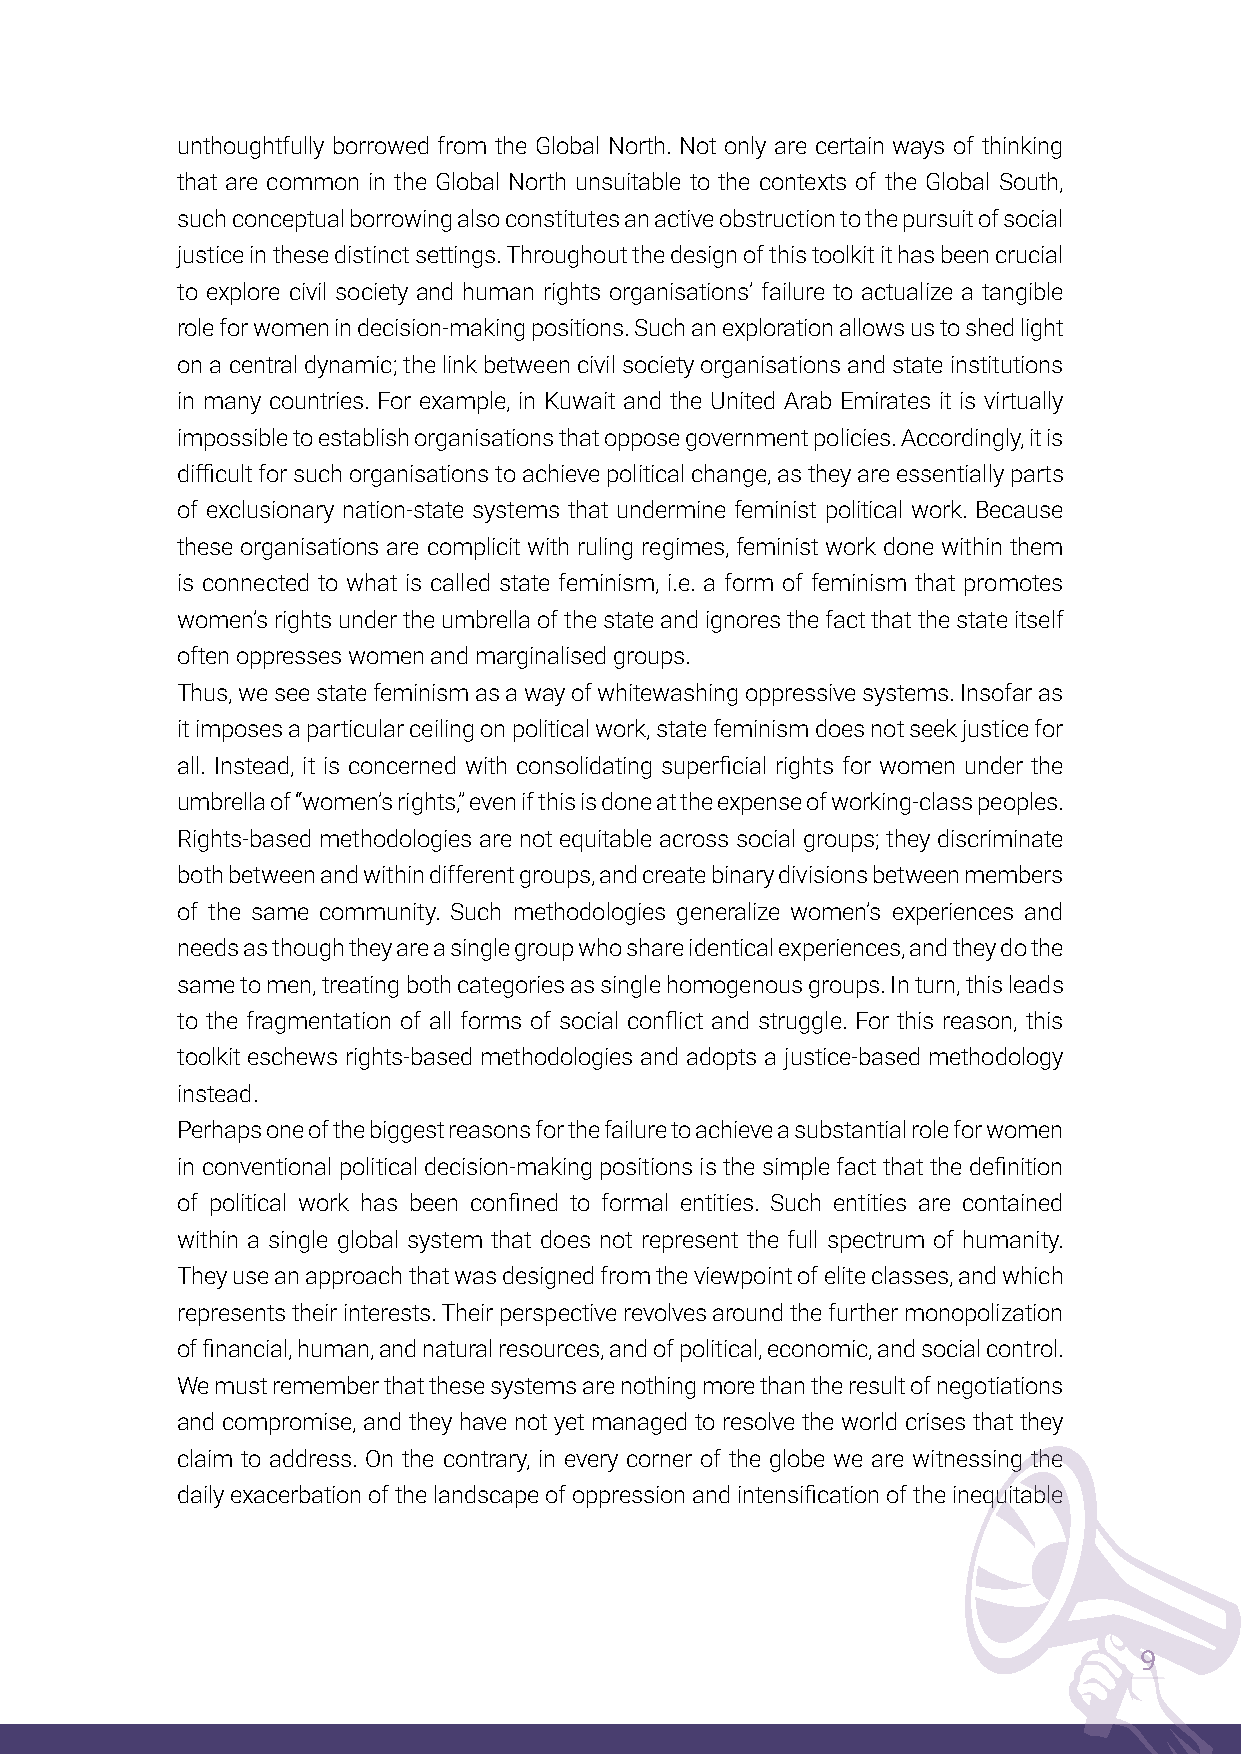
unthoughtfully borrowed from the Global North. Not only are certain ways of thinking
 that are common in the Global North unsuitable to the contexts of the Global South,
 such conceptual borrowing also constitutes an active obstruction to the pursuit of social
 justice in these distinct settings. Throughout the design of this toolkit it has been crucial
 to explore civil society and human rights organisations’ failure to actualize a tangible
 role for women in decision-making positions. Such an exploration allows us to shed light
 on a central dynamic; the link between civil society organisations and state institutions
 in many countries. For example, in Kuwait and the United Arab Emirates it is virtually
 impossible to establish organisations that oppose government policies. Accordingly, it is
 difficult for such organisations to achieve political change, as they are essentially parts
 of exclusionary nation-state systems that undermine feminist political work. Because
 these organisations are complicit with ruling regimes, feminist work done within them
 is connected to what is called state feminism, i.e. a form of feminism that promotes
 women’s rights under the umbrella of the state and ignores the fact that the state itself
 often oppresses women and marginalised groups.
 Thus, we see state feminism as a way of whitewashing oppressive systems. Insofar as
 it imposes a particular ceiling on political work, state feminism does not seek justice for
 all. Instead, it is concerned with consolidating superficial rights for women under the
 umbrella of “women’s rights,” even if this is done at the expense of working-class peoples.
 Rights-based methodologies are not equitable across social groups; they discriminate
 both between and within different groups, and create binary divisions between members
 of the same community. Such methodologies generalize women’s experiences and
 needs as though they are a single group who share identical experiences, and they do the
 same to men, treating both categories as single homogenous groups. In turn, this leads
 to the fragmentation of all forms of social conflict and struggle. For this reason, this
 toolkit eschews rights-based methodologies and adopts a justice-based methodology
 instead.
 Perhaps one of the biggest reasons for the failure to achieve a substantial role for women
 in conventional political decision-making positions is the simple fact that the definition
 of political work has been confined to formal entities. Such entities are contained
 within a single global system that does not represent the full spectrum of humanity.
 They use an approach that was designed from the viewpoint of elite classes, and which
 represents their interests. Their perspective revolves around the further monopolization
 of financial, human, and natural resources, and of political, economic, and social control.
 We must remember that these systems are nothing more than the result of negotiations
 and compromise, and they have not yet managed to resolve the world crises that they
 claim to address. On the contrary, in every corner of the globe we are witnessing the
 daily exacerbation of the landscape of oppression and intensification of the inequitable
 9